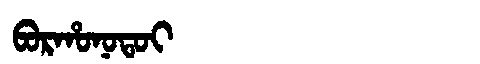
Manchu: ᠪᠣᡵᡥᠣᠨᠣᡨᠣᡳ
Romanization: BORHONOTOI